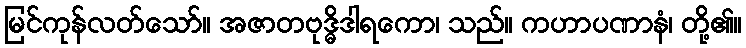
မြင်ကုန်လတ်သော်။ အဇာတဗုဒ္ဓိဒါရကော၊ သည်။ ကဟာပဏာနံ၊ တို့၏။